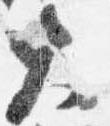
大